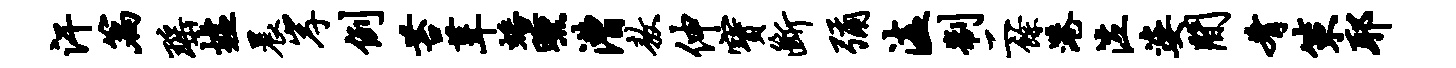
汗篇瑶墟晨岸例苔葺蟠曛漕敖伸宝断弥溘制二余港泣婆间肴策耶